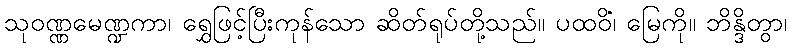
သုဝဏ္ဏမေဏ္ဍကာ၊ ရွှေဖြင့်ပြီးကုန်သော ဆိတ်ရုပ်တို့သည်။ ပထဝိံ၊ မြေကို။ ဘိန္ဒိတွာ၊